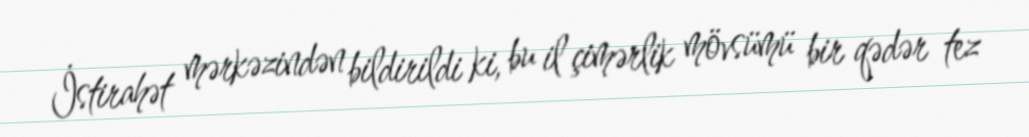
İstirahət mərkəzindən bildirildi ki, bu il çimərlik mövsümü bir qədər tez